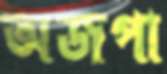
অজপা